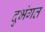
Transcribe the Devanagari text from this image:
दुभंगत